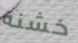
خشنة